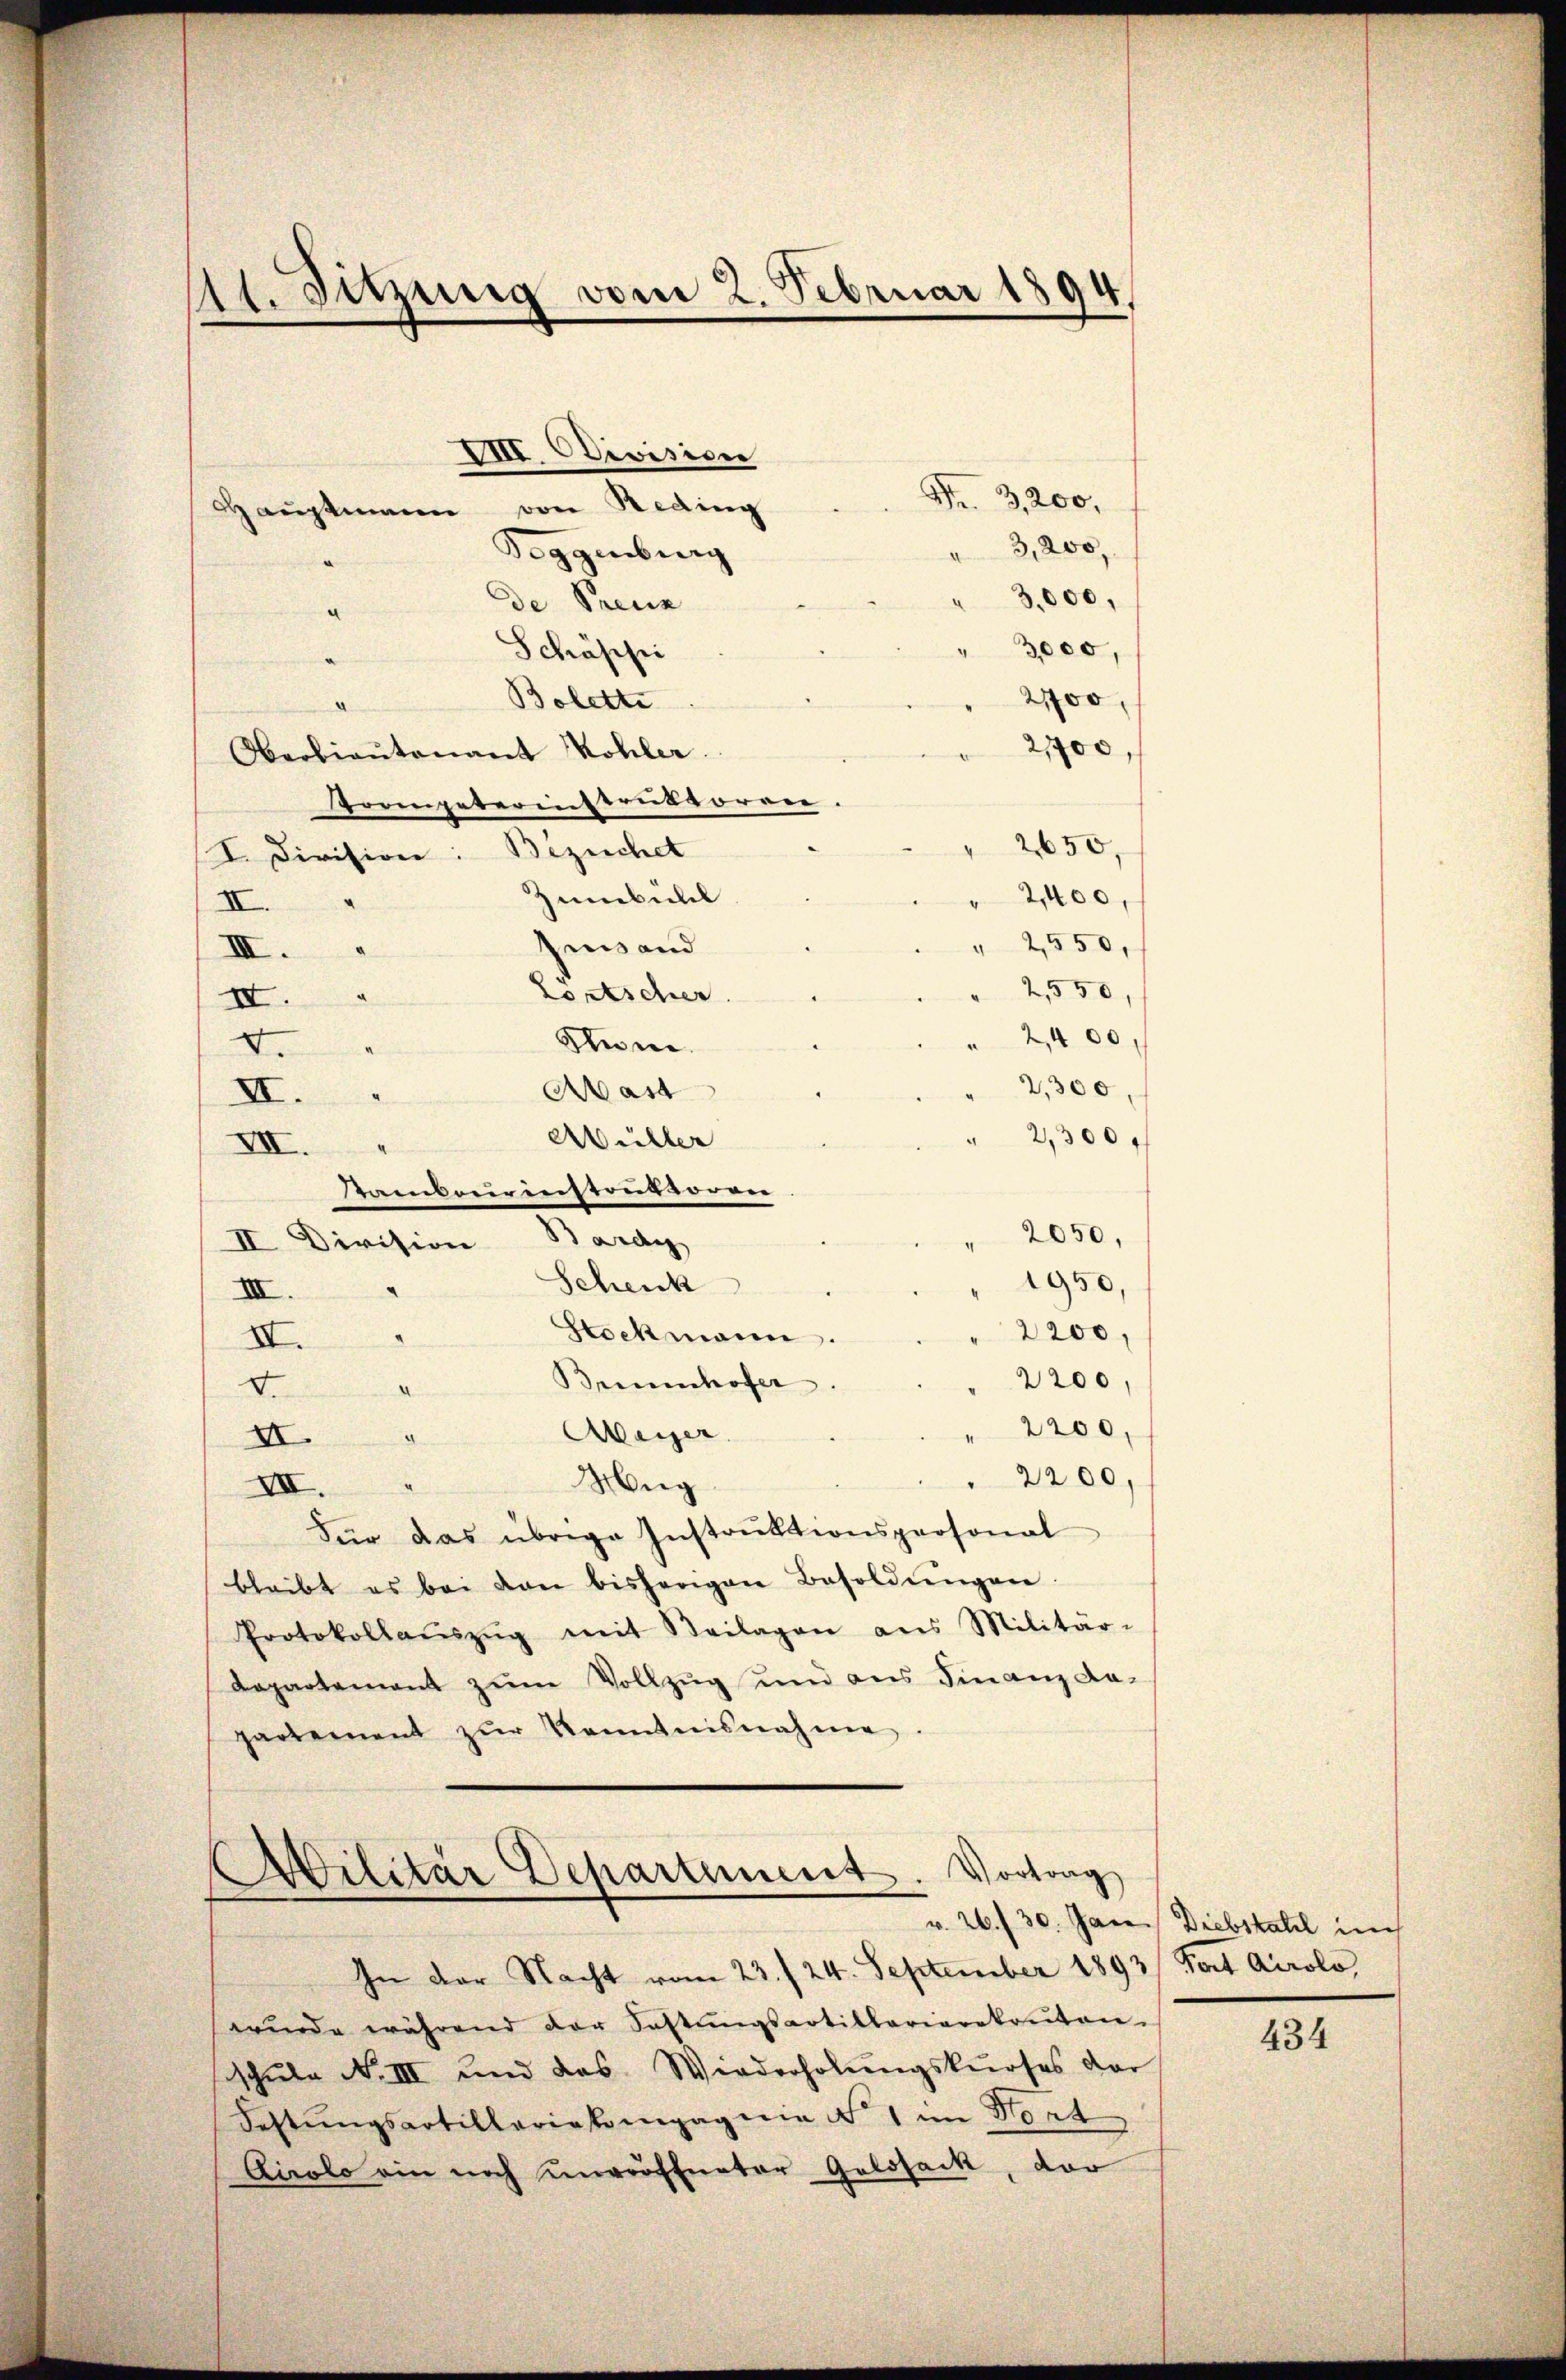
A. Tuzung vom 2. Februar 1894.

VIII. Division
Hauptmann von Reding
Toggenburg
de Preuz
a
Schäppi
3000,
2700
Bolette
2,700,
Oberbiaŭtenant Kohler
Trompeterinstruktoren,
2650
I. Division: Bezeichet
Zumbülel
2,400,
II.
" 2550,
Gesand
III.
2,550
Fortscher
III.
2400.
V.
Sum.
2,300,
Mast
XI.
2,300
Müller
VII.
Kambourinstruktoren
2050,
II Division Bardy
1950,
Schenk
III.
2200,
Stockmann.
IV.
d.
Brennhofer
2200,
d.
" 2200.
Weier
.
XI.
2200,
Mug
VII.
Für das übrige Instrŭktionspersonal
bleibt es bei von bisherigen Besoldŭngen
Protokollaŭszŭg mit Beilagen ans Militär-
Dapartement zum Vollzug und aus Finanz da-
partement zŭr Kenntnisnahme.

Fr. 3,200,

" 3,200,
3,000,

Militär Departement. Vortrag

In der Nacht vom 23. / 24. September 1893/ Port Airolo,
würde während der Fastŭngsartillariarekruten.
schŭle No III und das Wiederholŭngskŭrses dar
Sestŭngsartilleriekompagnie No 1 im Vort
Airolo ein noch uneröffneter Golosack, der

v. 26./30. Jan. Diebstall auch

434